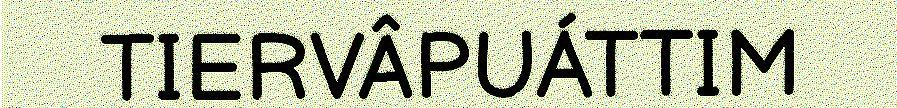
TIERVÂPUÁTTIM